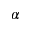
\alpha